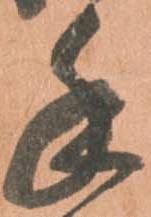
手